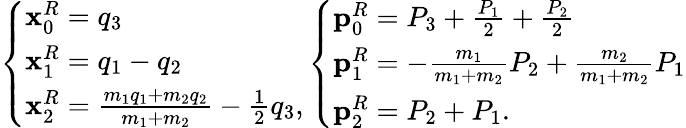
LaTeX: \left\{ \begin{array}{ll}{\mathbf{x}_{0}^{R}=q_{3}}\\ {\mathbf{x}_{1}^{R}=q_{1}-q_{2}}\\ {\mathbf{x}_{2}^{R}=\frac{m_{1}q_{1}+m_{2}q_{2}}{m_{1}+m_{2}}-\frac{1}{2}q_{3},}\end{array}\right.\left\{ \begin{array}{ll}{\mathbf{p}_{0}^{R}=P_{3}+\frac{P_{1}}2+\frac{P_{2}}2}\\ {\mathbf{p}_{1}^{R}=-\frac{m_{1}}{m_{1}+m_{2}}P_{2}+\frac{m_{2}}{m_{1}+m_{2}}P_{1}}\\ {\mathbf{p}_{2}^{R}=P_{2}+P_{1}.}\end{array}\right.